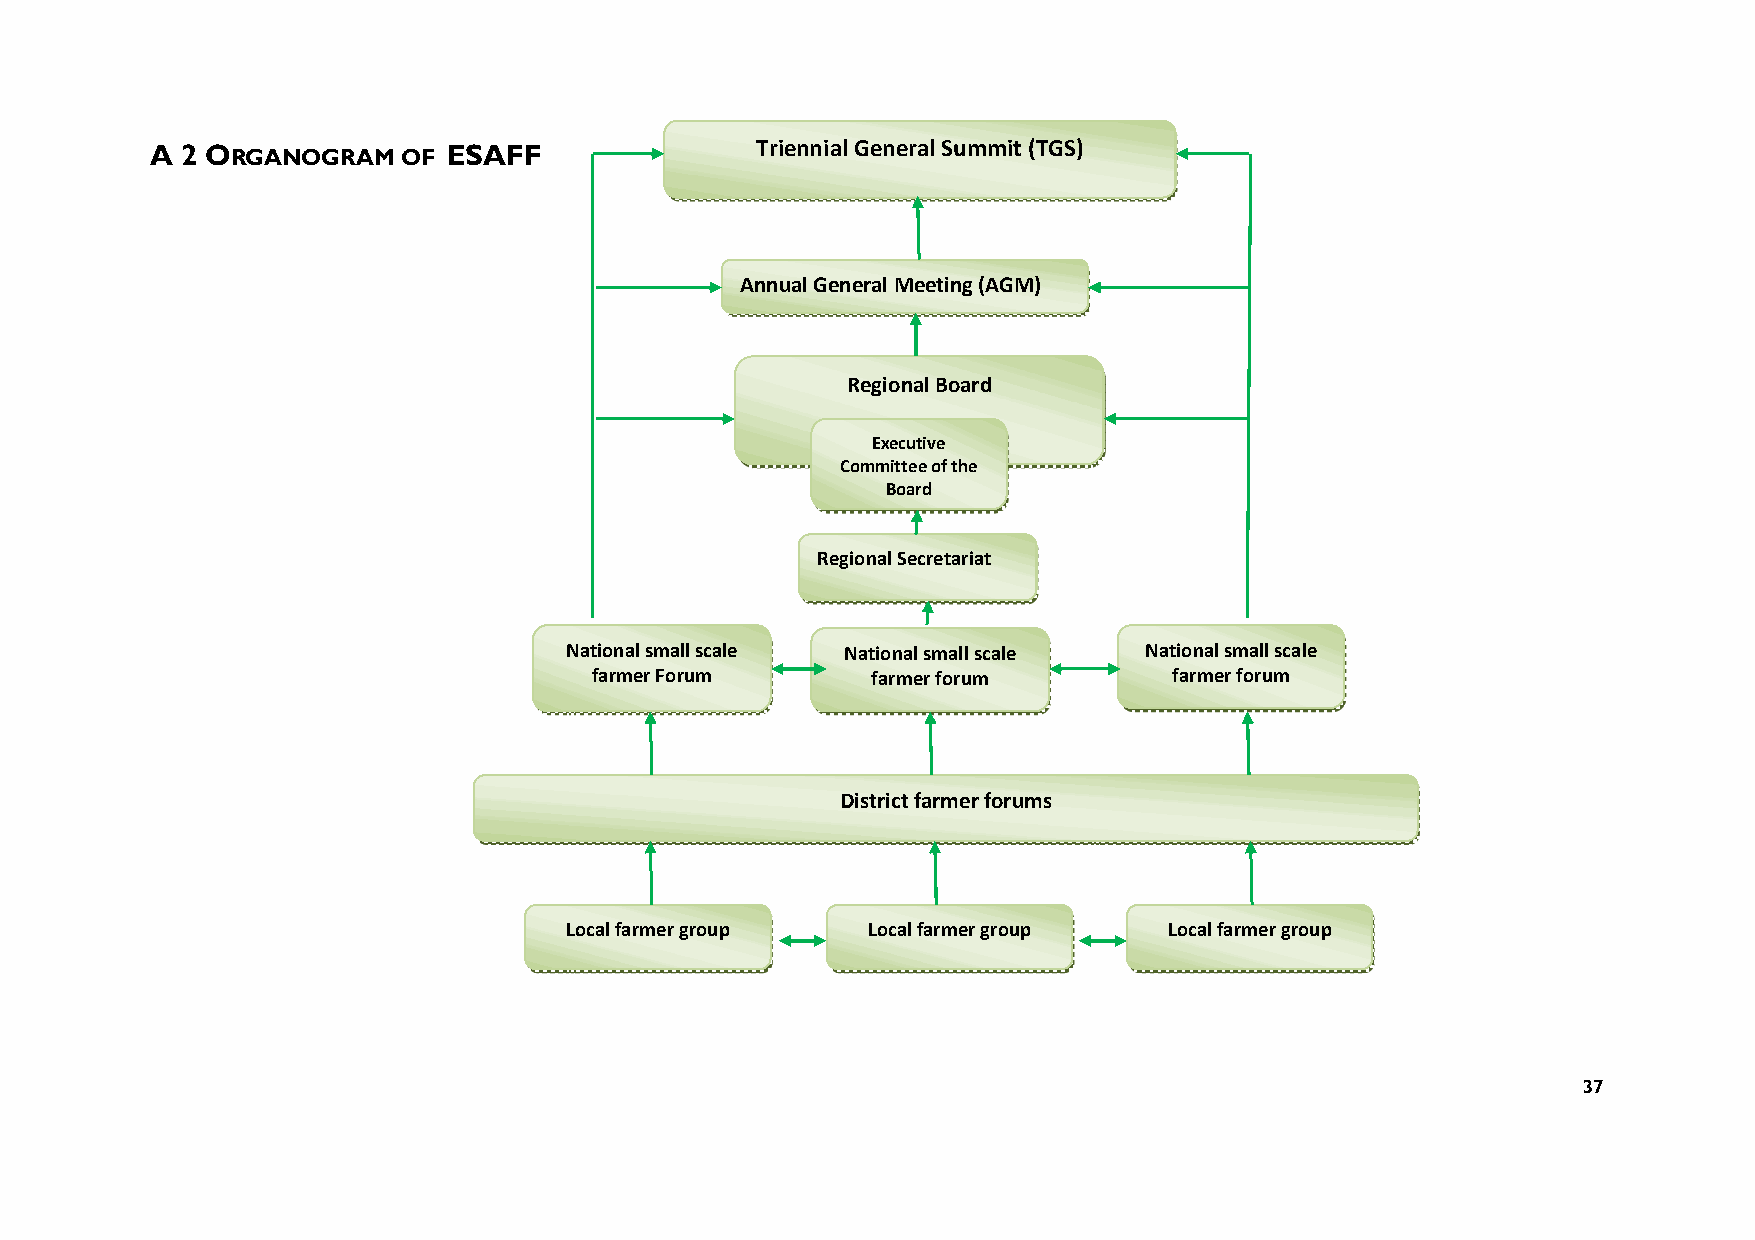
A 2 ORGANOGRAM   OF ESAFF
 Triennial General Summit (TGS)
 Annual General Meeting (AGM)
 Regional Board
 Executive
 Committee of the
 Board
 Regional Secretariat
 National small scale National small scale National small scale
 farmer Forum       farmer forum        farmer forum
 District farmer forums
 Local farmer group  Local farmer group  Local farmer group
 37